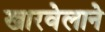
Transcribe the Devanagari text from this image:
खारवेलाने